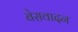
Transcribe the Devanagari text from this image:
बेसवादन